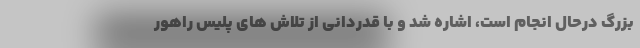
بزرگ درحال انجام است، اشاره شد و با قدردانی از تلاش های پلیس راهور